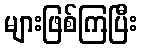
များဖြစ်ကြပြီး